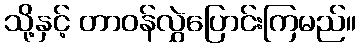
သို့နှင့် တာဝန်လွှဲပြောင်းကြမည်။